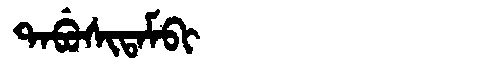
Manchu: ᡨᠠᠪᡠᠰᡳᡨᠠᠮᠪᡳ
Romanization: TABUSITAMBI